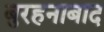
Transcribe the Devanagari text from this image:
बुरहनाबाद